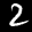
Label: 2